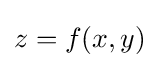
z=f(x,y)